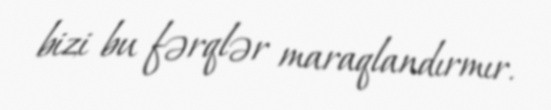
bizi bu fərqlər maraqlandırmır.